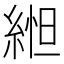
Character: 𬗥